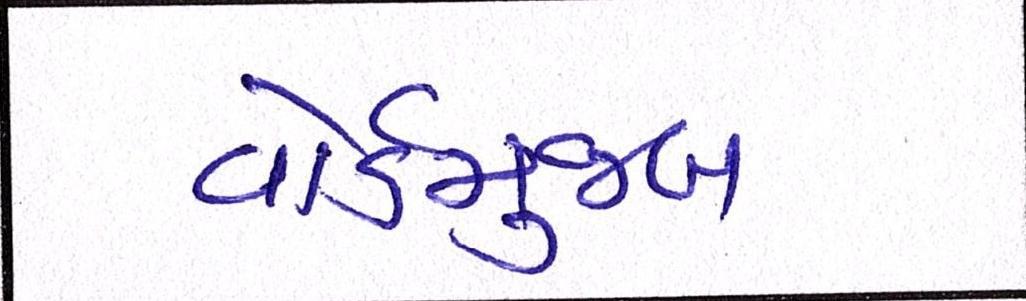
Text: વોર્ડમુજબ